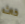
كاث